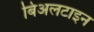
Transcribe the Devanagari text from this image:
बिअलटाइन